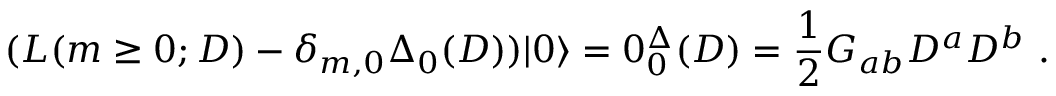
( L ( m \geq 0 ; D ) - \delta _ { m , 0 } \Delta _ { 0 } ( D ) ) | 0 \rangle = 0 \sp \Delta _ { 0 } ( D ) = \frac { 1 } { 2 } G _ { a b } D ^ { a } D ^ { b } \ .